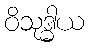
ဝိသုဒ္ဓါယ